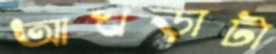
আখড়াটা